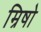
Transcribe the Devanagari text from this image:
म्रिषो